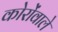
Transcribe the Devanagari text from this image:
कोरोंवाले